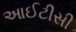
આઈટીસી